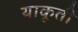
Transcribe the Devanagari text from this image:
याकूती